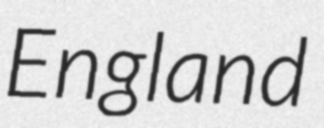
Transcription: England